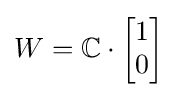
W=\mathbb {C} \cdot {\begin{bmatrix}1\\0\end{bmatrix}}